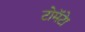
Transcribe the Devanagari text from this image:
टोमॅटेा